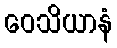
ဝေသိယာနံ